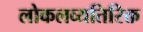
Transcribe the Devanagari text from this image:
लोकलव्यतिरिक्त